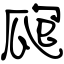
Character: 瓟